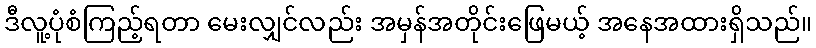
ဒီလူ့ပုံစံကြည့်ရတာ မေးလျှင်လည်း အမှန်အတိုင်းဖြေမယ့် အနေအထားရှိသည်။